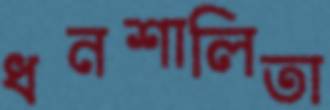
ধনশালিতা